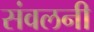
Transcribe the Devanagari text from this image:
संवलनी